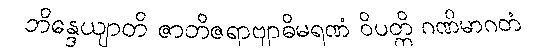
ဘိန္ဒေယျာတိ ဇာတိဇရာဗျာဓိမရဏံ ဝိပတ္တိ ဂဏိမာဂတံ